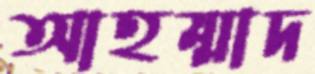
আহম্মাদ